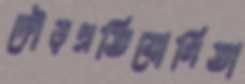
দৌড়প্রতিযোগিতা